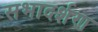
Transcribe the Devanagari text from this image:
सभादर्शण